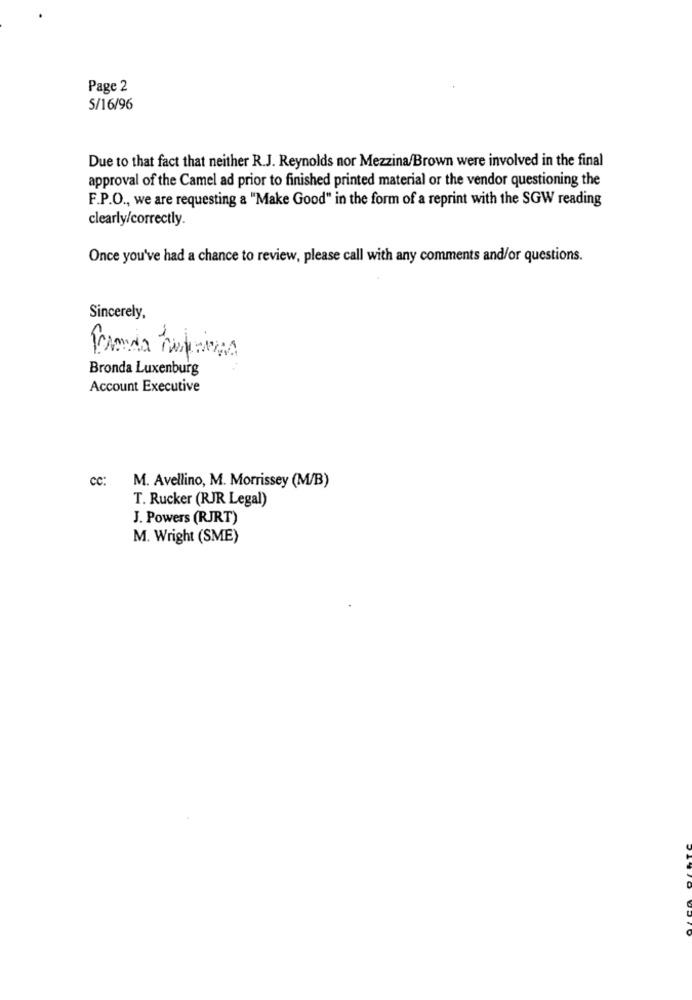
Page 2
5/16/96
Due to that fact that neither R.J. Reynolds nor Mezzina/Brown were involved in the final
approval of the Camel ad prior to finished printed material or the vendor questioning the
F.P.O ., we are requesting a "Make Good" in the form of a reprint with the SGW reading
clearly/correctly.
Once you've had a chance to review, please call with any comments and/or questions.
Sincerely,
Bronda Luxenburg
Account Executive
cc:
M. Avellino, M. Morrissey (M/B)
T. Rucker (RJR Legal)
J. Powers (RJRT)
M. Wright (SME)